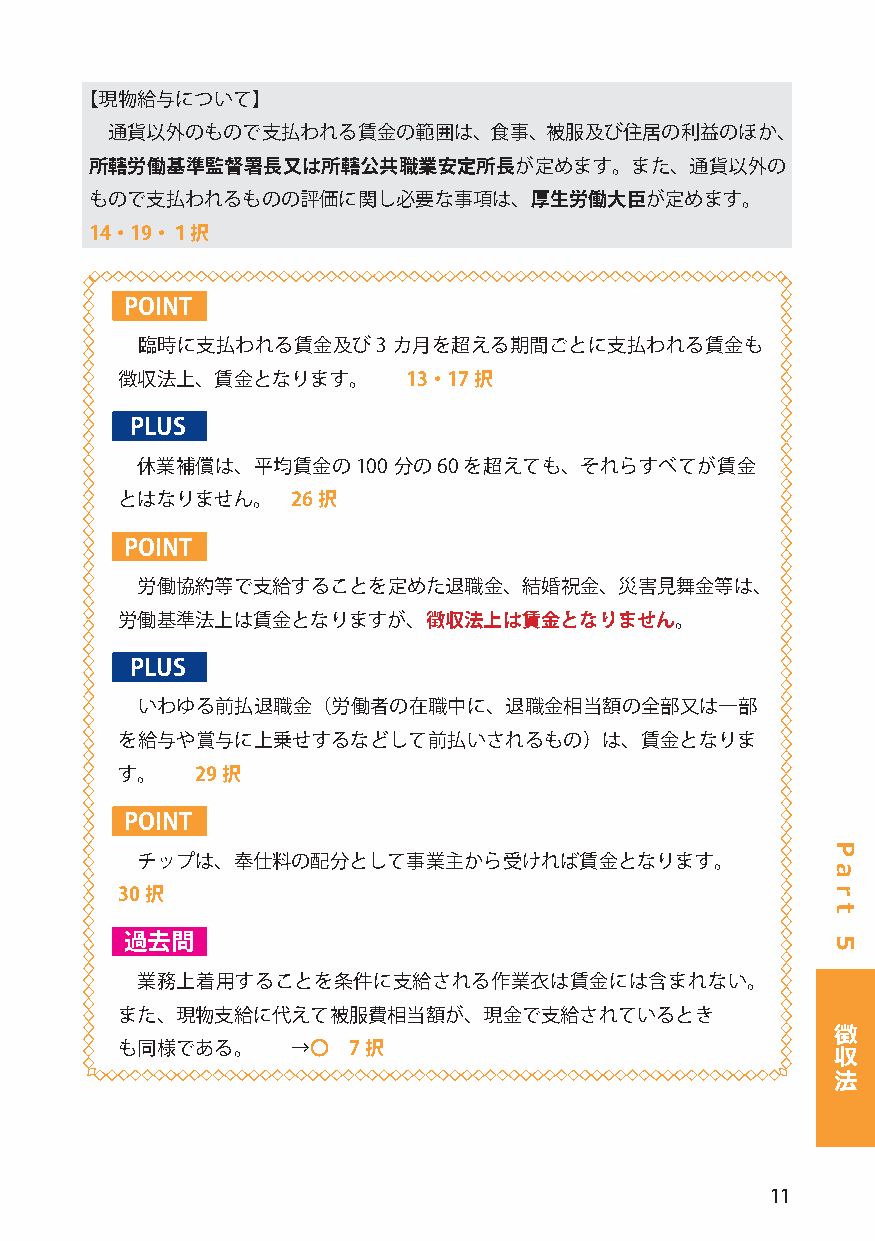
【現物給与について】
 通貨以外のもので支払われる賃金の範囲は、食事、被服及び住居の利益のほか、
 所轄労働基準監督署長又は所轄公共職業安定所長が定めます。また、通貨以外の
 もので支払われるものの評価に関し必要な事項は、厚生労働大臣が定めます。
 14・19・１択
 POINT
 臨時に支払われる賃金及び3    カ月を超える期間ごとに支払われる賃金も
 徴収法上、賃金となります。      13・17択
 PLUS
 休業補償は、平均賃金の100   分の60を超えても、それらすべてが賃金
 とはなりません｡   26択
 POINT
 労働協約等で支給することを定めた退職金､      結婚祝金､ 災害見舞金等は､
 労働基準法上は賃金となりますが､    徴収法上は賃金となりません｡
 PLUS
 いわゆる前払退職金（労働者の在職中に、退職金相当額の全部又は一部
 を給与や賞与に上乗せするなどして前払いされるもの）は、賃金となりま
 す。   29択
 POINT
 チップは､ 奉仕料の配分として事業主から受ければ賃金となります。
 30択
 過去問
 業務上着用することを条件に支給される作業衣は賃金には含まれない。
 また、現物支給に代えて被服費相当額が、現金で支給されているとき
 徴
 も同様である。    →〇  7択                              収
 法
 11
 P
 a
 r
 t
 5